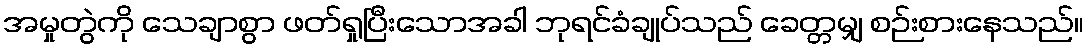
အမှုတွဲကို သေချာစွာ ဖတ်ရှုပြီးသောအခါ ဘုရင်ခံချုပ်သည် ခေတ္တမျှ စဉ်းစားနေသည်။